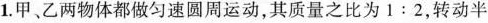
1.甲、乙两物体都做匀速圆周运动，其质量之比为1:2，转动半